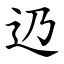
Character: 辸